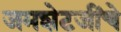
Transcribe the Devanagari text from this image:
जमशेटजींचे